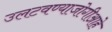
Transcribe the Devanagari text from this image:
उलटवण्याजोगीआहे